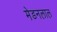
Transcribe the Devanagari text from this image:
मेडनलाल